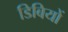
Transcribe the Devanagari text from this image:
डिबियों